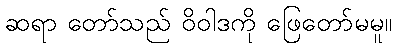
ဆရာ တော်သည် ဝိဝါဒကို ဖြေတော်မမူ။